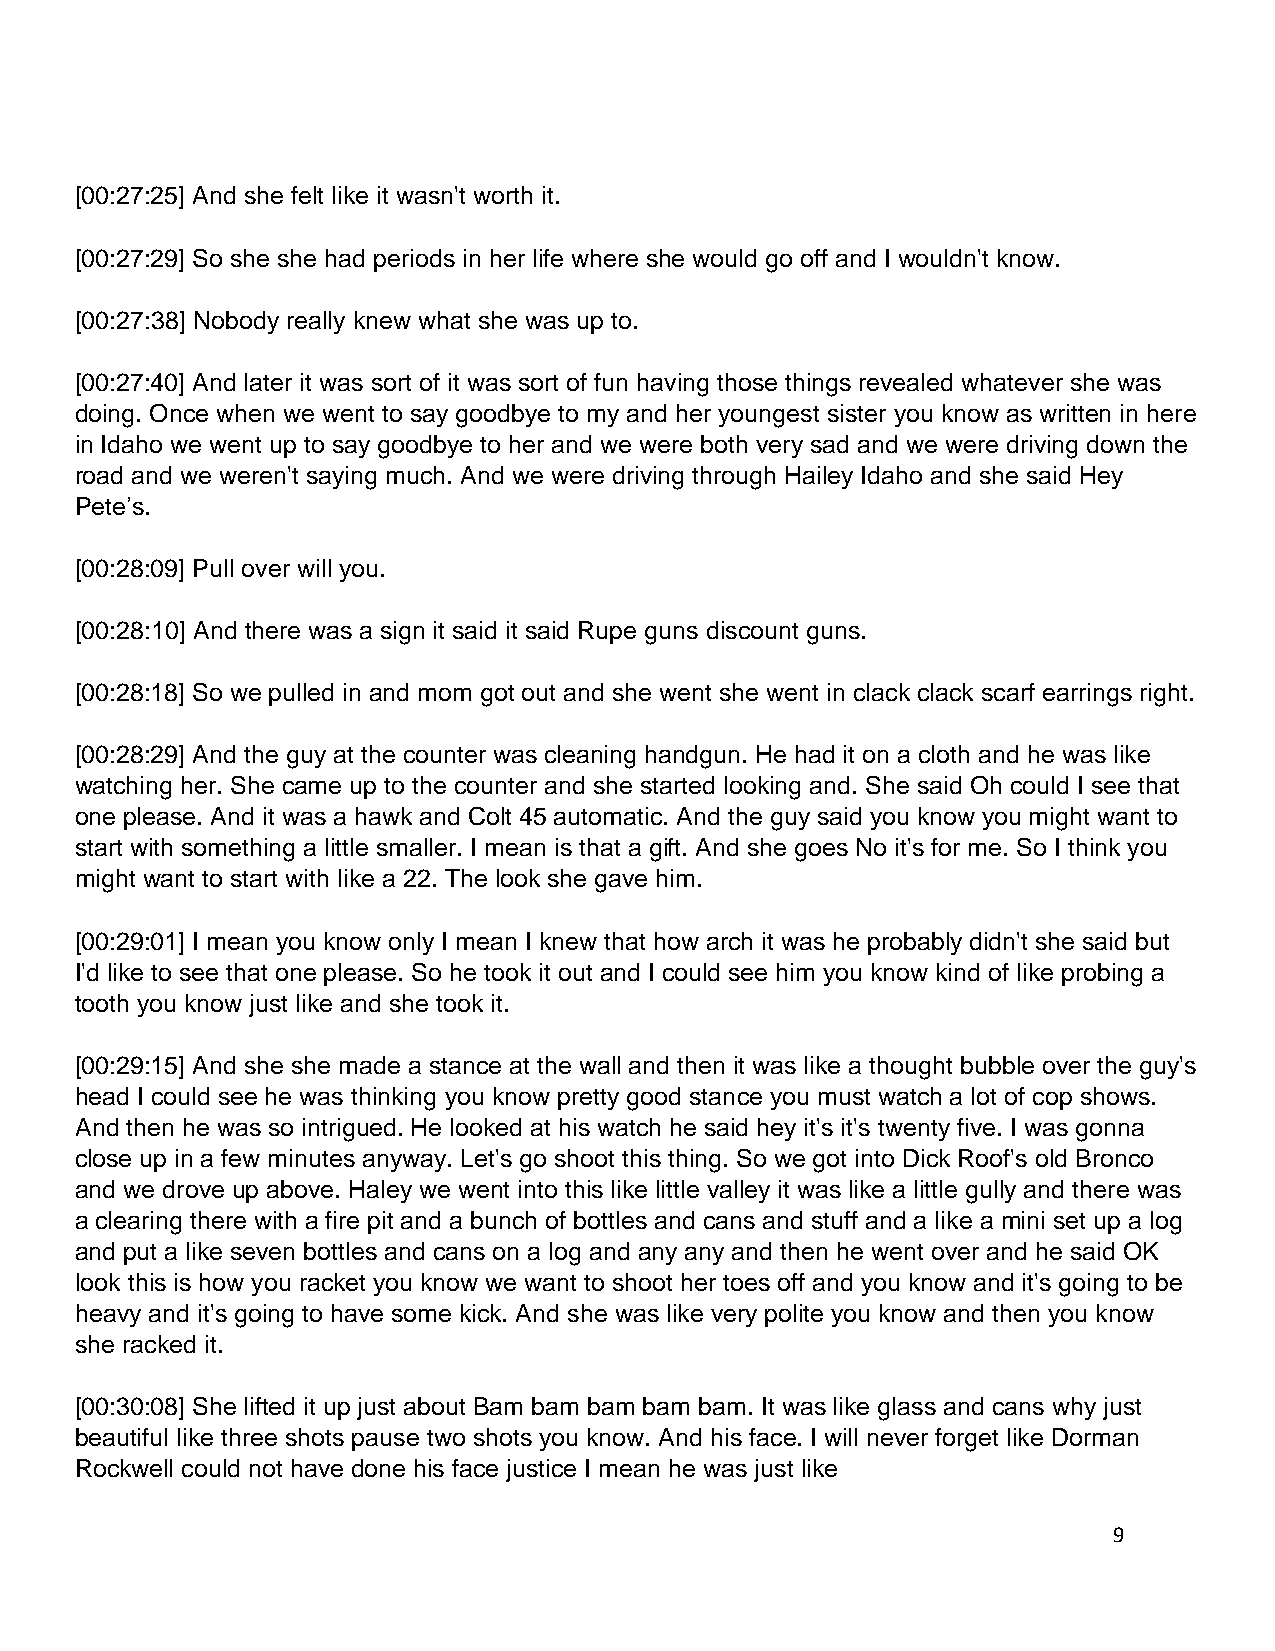
[00:27:25] And she felt like it wasn't worth it.
 [00:27:29] So she she had periods in her life where she would go off and I wouldn't know.
 [00:27:38] Nobody really knew what she was up to.
 [00:27:40] And later it was sort of it was sort of fun having those things revealed whatever she was
 doing. Once when we went to say goodbye to my and her youngest sister you know as written in here
 in Idaho we went up to say goodbye to her and we were both very sad and we were driving down the
 road and we weren't saying much. And we were driving through Hailey Idaho and she said Hey
 Pete’s.
 [00:28:09] Pull over will you.
 [00:28:10] And there was a sign it said it said Rupe guns discount guns.
 [00:28:18] So we pulled in and mom got out and she went she went in clack clack scarf earrings right.
 [00:28:29] And the guy at the counter was cleaning handgun. He had it on a cloth and he was like
 watching her. She came up to the counter and she started looking and. She said Oh could I see that
 one please. And it was a hawk and Colt 45 automatic. And the guy said you know you might want to
 start with something a little smaller. I mean is that a gift. And she goes No it's for me. So I think you
 might want to start with like a 22. The look she gave him.
 [00:29:01] I mean you know only I mean I knew that how arch it was he probably didn't she said but
 I'd like to see that one please. So he took it out and I could see him you know kind of like probing a
 tooth you know just like and she took it.
 [00:29:15] And she she made a stance at the wall and then it was like a thought bubble over the guy's
 head I could see he was thinking you know pretty good stance you must watch a lot of cop shows.
 And then he was so intrigued. He looked at his watch he said hey it's it's twenty five. I was gonna
 close up in a few minutes anyway. Let's go shoot this thing. So we got into Dick Roof's old Bronco
 and we drove up above. Haley we went into this like little valley it was like a little gully and there was
 a clearing there with a fire pit and a bunch of bottles and cans and stuff and a like a mini set up a log
 and put a like seven bottles and cans on a log and any any and then he went over and he said OK
 look this is how you racket you know we want to shoot her toes off and you know and it's going to be
 heavy and it's going to have some kick. And she was like very polite you know and then you know
 she racked it.
 [00:30:08] She lifted it up just about Bam bam bam bam bam. It was like glass and cans why just
 beautiful like three shots pause two shots you know. And his face. I will never forget like Dorman
 Rockwell could not have done his face justice I mean he was just like
 9